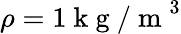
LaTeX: \rho=1\mathrm{~k~g~/~m~}^{3}